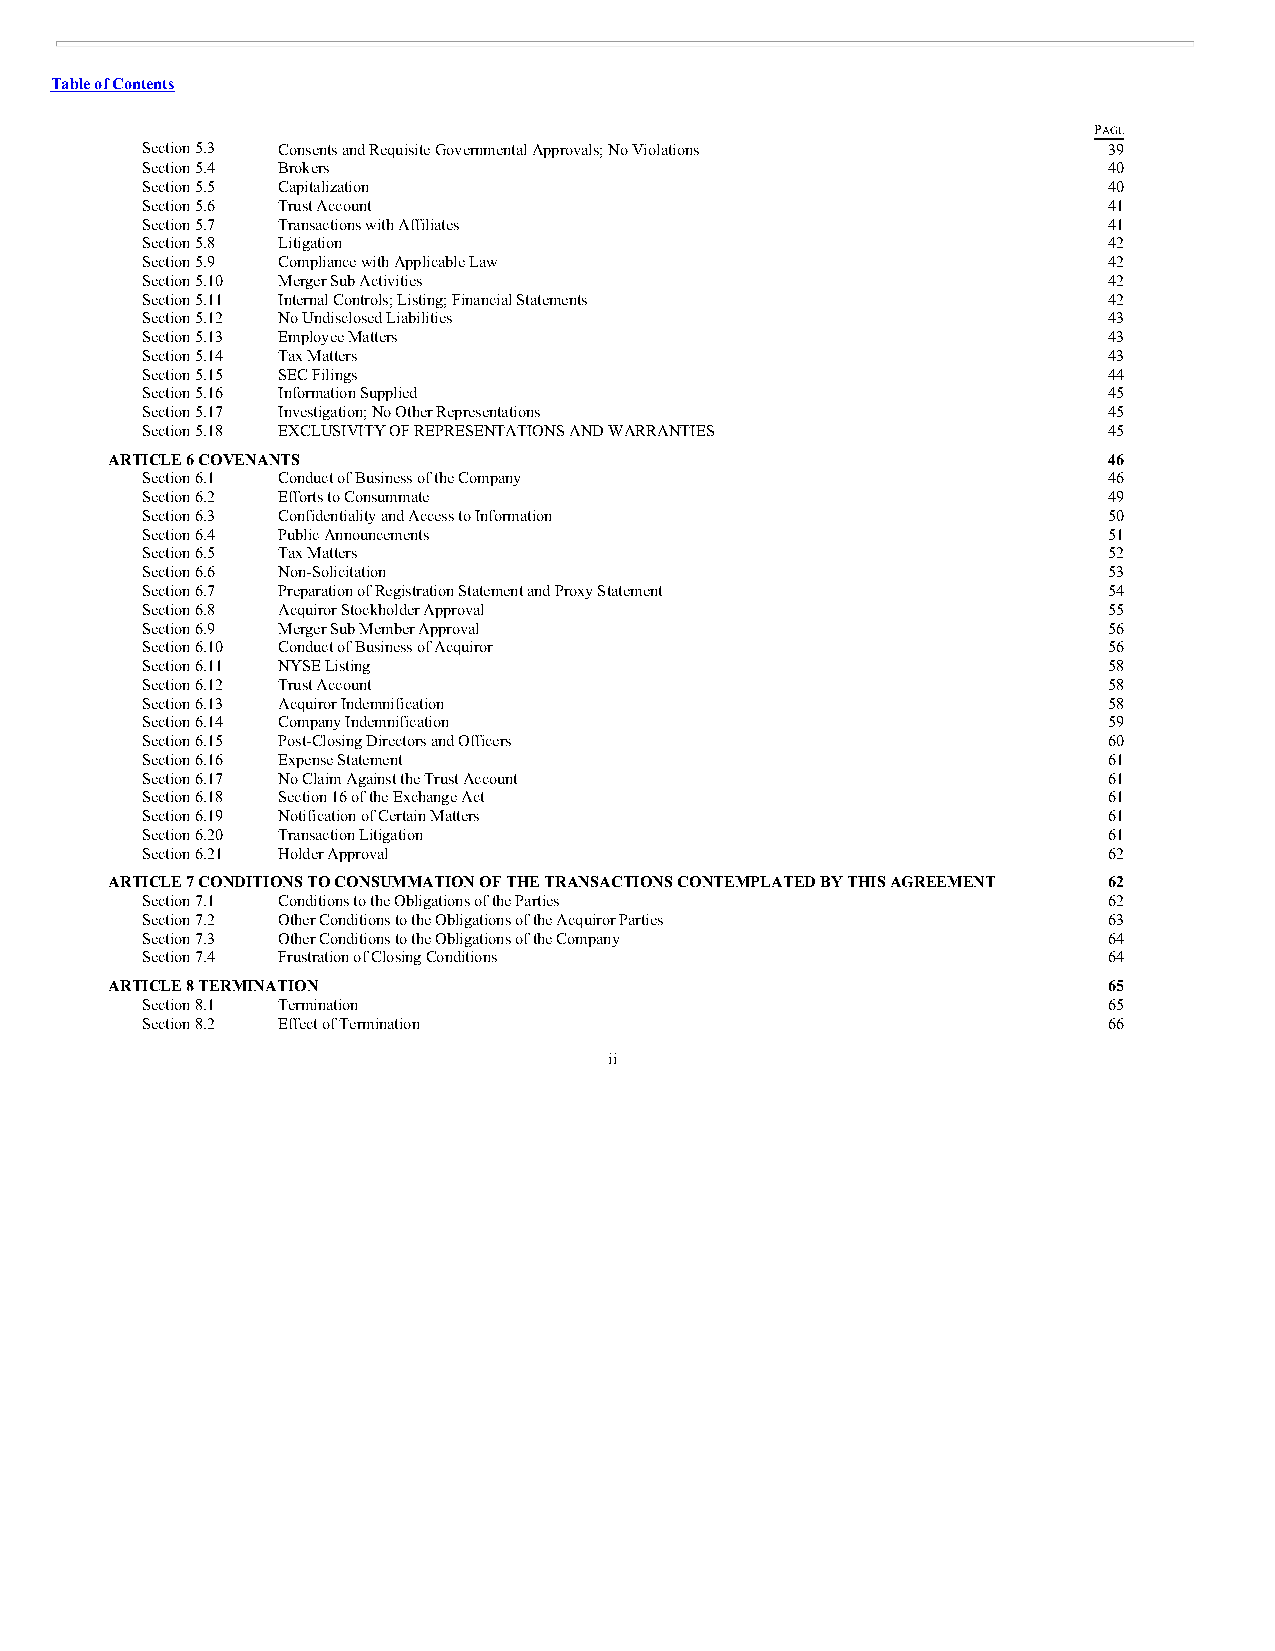
Table of Contents
 PAGE
 Section 5.3 Consents and Requisite Governmental Approvals; No Violations 39
 Section 5.4 Brokers                                             40
 Section 5.5 Capitalization                                      40
 Section 5.6 Trust Account                                       41
 Section 5.7 Transactions with Affiliates                        41
 Section 5.8 Litigation                                          42
 Section 5.9 Compliance with Applicable Law                      42
 Section 5.10 Merger Sub Activities                              42
 Section 5.11 Internal Controls; Listing; Financial Statements   42
 Section 5.12 No Undisclosed Liabilities                         43
 Section 5.13 Employee Matters                                   43
 Section 5.14 Tax Matters                                        43
 Section 5.15 SEC Filings                                        44
 Section 5.16 Information Supplied                               45
 Section 5.17 Investigation; No Other Representations            45
 Section 5.18 EXCLUSIVITY OF REPRESENTATIONS AND WARRANTIES      45
 ARTICLE 6 COVENANTS                                               46
 Section 6.1 Conduct of Business of the Company                  46
 Section 6.2 Efforts to Consummate                               49
 Section 6.3 Confidentiality and Access to Information           50
 Section 6.4 Public Announcements                                51
 Section 6.5 Tax Matters                                         52
 Section 6.6 Non-Solicitation                                    53
 Section 6.7 Preparation of Registration Statement and Proxy Statement 54
 Section 6.8 Acquiror Stockholder Approval                       55
 Section 6.9 Merger Sub Member Approval                          56
 Section 6.10 Conduct of Business of Acquiror                    56
 Section 6.11 NYSE Listing                                       58
 Section 6.12 Trust Account                                      58
 Section 6.13 Acquiror Indemnification                           58
 Section 6.14 Company Indemnification                            59
 Section 6.15 Post-Closing Directors and Officers                60
 Section 6.16 Expense Statement                                  61
 Section 6.17 No Claim Against the Trust Account                 61
 Section 6.18 Section 16 of the Exchange Act                     61
 Section 6.19 Notification of Certain Matters                    61
 Section 6.20 Transaction Litigation                             61
 Section 6.21 Holder Approval                                    62
 ARTICLE 7 CONDITIONS TO CONSUMMATION OF THE TRANSACTIONS CONTEMPLATED BY THIS AGREEMENT 62
 Section 7.1 Conditions to the Obligations of the Parties        62
 Section 7.2 Other Conditions to the Obligations of the Acquiror Parties 63
 Section 7.3 Other Conditions to the Obligations of the Company  64
 Section 7.4 Frustration of Closing Conditions                   64
 ARTICLE 8 TERMINATION                                             65
 Section 8.1 Termination                                         65
 Section 8.2 Effect of Termination                               66
 ii